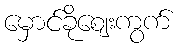
မှောင်ခိုဈေးကွက်